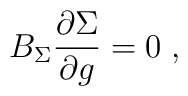
B_\Sigma \frac{\partial \Sigma }{\partial g}=0\;,